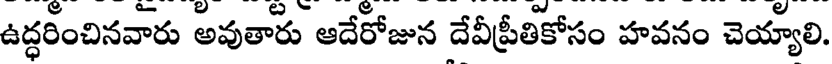
ఉద్ధరించినవారు అవుతారు ఆదేరోజున దేవీప్రీతికోసం హవనం చెయ్యాలి.